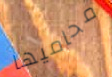
محاميها